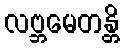
လဗ္ဘမေတန္တိ